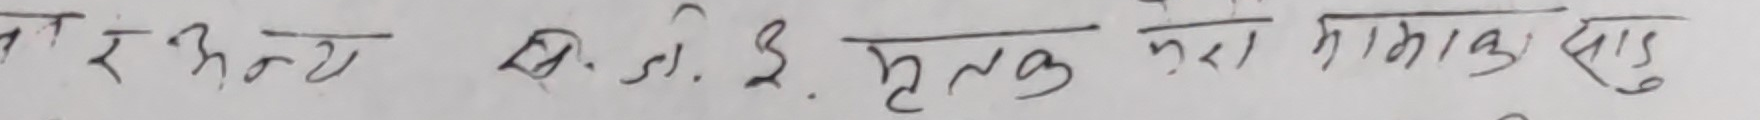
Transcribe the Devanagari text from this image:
र अष्ट्य ख. डी. ई. हलक भारा भामिका दु